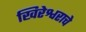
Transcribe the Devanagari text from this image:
खिरेश्वराचे